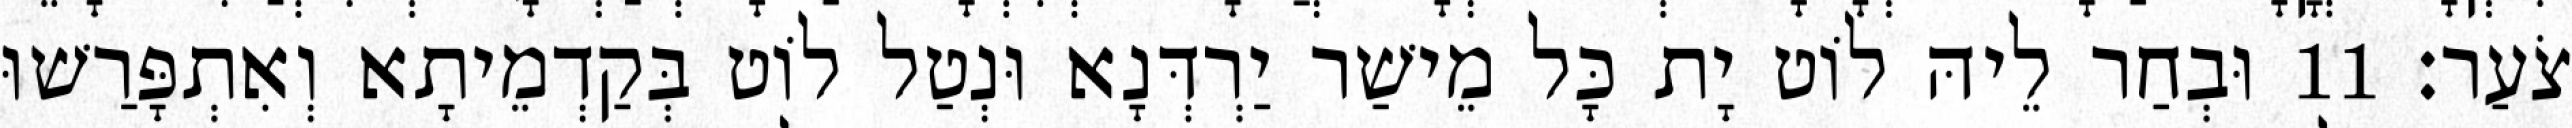
צֹעַר׃ 11 וּבְחַר לֵיהּ לוֹט יָת כָּל מֵישַׁר יַרְדְּנָא וּנְטַל לוֹט בְּקַדְמֵיתָא וְאִתְפָּרַשׁוּ